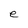
Character: e